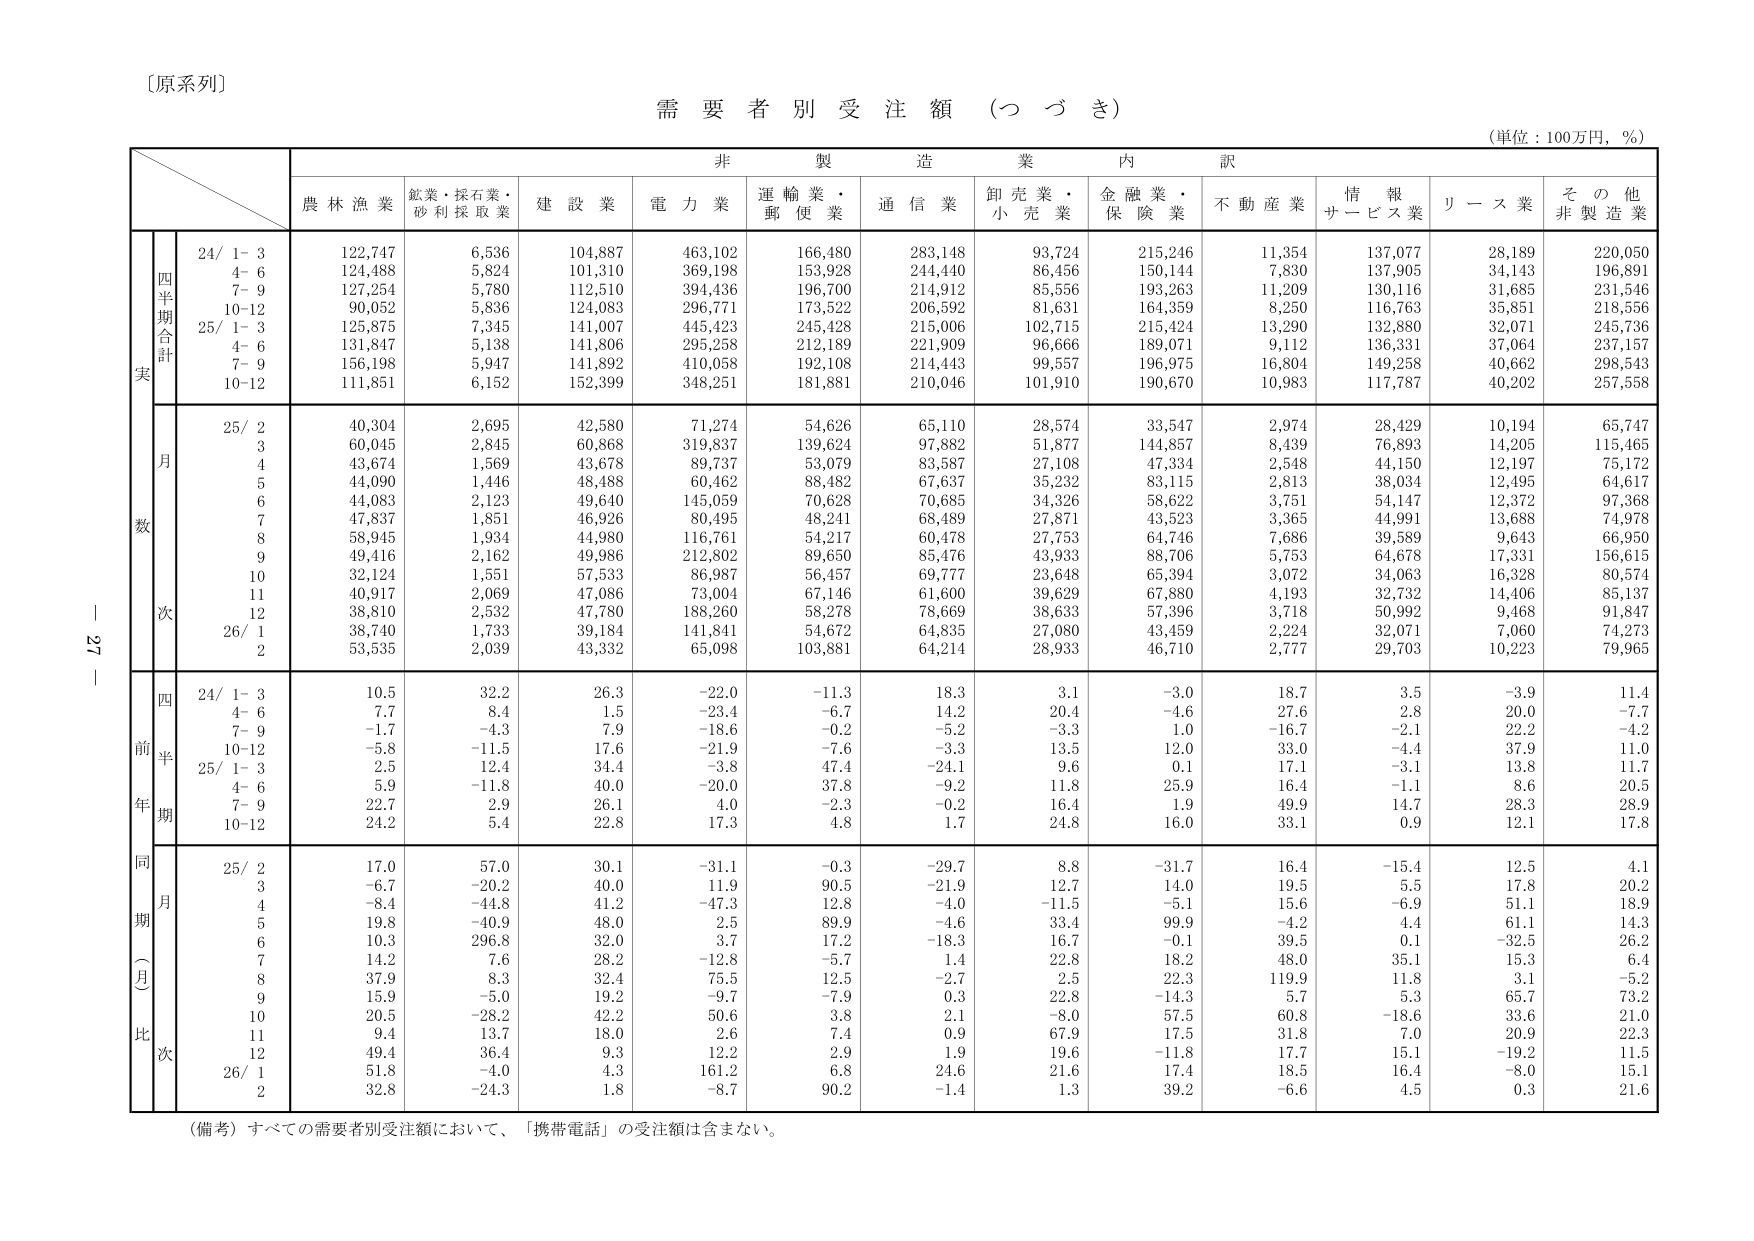
〔原系列〕

需要者別受注額（つづき）

（単位：100万円，％）

非製造業内訳

農林漁業　鉱業・採石業・砂利採取業　建設業　電力業　運輸業・郵便業　通信業　卸売業・小売業　金融業・保険業　不動産業　情報サービス業　リース業　その他非製造業

四半期合計
実
24/ 1- 3　122,747　6,536　104,887　463,102　166,480　283,148　93,724　215,246　11,354　137,077　28,189　220,050
　　4- 6　124,488　5,824　101,310　369,198　153,928　244,440　86,456　150,144　7,830　137,905　34,143　196,891
　　7- 9　127,254　5,780　112,510　394,436　196,700　214,912　85,556　193,263　11,209　130,116　31,685　231,546
　　10-12　90,052　5,836　124,083　296,771　173,522　206,592　81,631　164,359　8,250　116,763　35,851　218,556
25/ 1- 3　125,875　7,345　141,007　445,423　245,428　215,006　102,715　215,424　13,290　132,880　32,071　245,736
　　4- 6　131,847　5,138　141,806　295,258　212,189　221,909　96,666　189,071　9,112　136,331　37,064　237,157
　　7- 9　156,198　5,947　141,892　410,058　192,108　214,443　99,557　196,975　16,804　149,258　40,662　298,543
　　10-12　111,851　6,152　152,399　348,251　181,881　210,046　101,910　190,670　10,983　117,787　40,202　257,558

月
数
25/ 2　40,304　2,695　42,580　71,274　54,626　65,110　28,574　33,547　2,974　28,429　10,194　65,747
　　3　60,045　2,845　60,868　319,837　139,624　97,882　51,877　144,857　8,439　76,893　14,205　115,465
　　4　43,674　1,569　43,678　89,737　53,079　83,587　27,108　47,334　2,548　44,150　12,197　75,172
　　5　44,090　1,446　48,488　60,462　88,482　67,637　35,232　83,115　2,813　38,034　12,495　64,617
　　6　44,083　2,123　49,640　145,059　70,628　70,685　34,326　58,622　3,751　54,147　12,372　97,368
　　7　47,837　1,851　46,926　80,495　48,241　68,489　27,871　43,523　3,365　44,991　13,688　74,978
　　8　58,945　1,934　44,980　116,761　54,217　60,478　27,753　64,746　7,686　39,589　9,643　66,950
　　9　49,416　2,162　49,986　212,802　89,650　85,476　43,933　88,706　5,753　64,678　17,331　156,615
　　10　32,124　1,551　57,533　86,987　56,457　69,777　23,648　65,394　3,072　34,063　16,328　80,574
　　11　40,917　2,069　47,086　73,004　67,146　61,600　39,629　67,880　4,193　32,732　14,406　85,137
　　12　38,810　2,532　47,780　188,260　58,278　78,669　38,633　57,396　3,718　50,992　9,468　91,847
26/ 1　38,740　1,733　39,184　141,841　54,672　64,835　27,080　43,459　2,224　32,071　7,060　74,273
　　2　53,535　2,039　43,332　65,098　103,881　64,214　28,933　46,710　2,777　29,703　10,223　79,965

四
前半
年期
24/ 1- 3　10.5　32.2　26.3　-22.0　-11.3　18.3　3.1　-3.0　18.7　3.5　-3.9　11.4
　　4- 6　7.7　8.4　1.5　-23.4　-6.7　14.2　20.4　-4.6　27.6　2.8　20.0　-7.7
　　7- 9　-1.7　-4.3　7.9　-18.6　-0.2　-5.2　-3.3　1.0　-16.7　-2.1　22.2　-4.2
　　10-12　-5.8　-11.5　17.6　-21.9　-7.6　-3.3　13.5　12.0　33.0　-4.4　37.9　11.0
25/ 1- 3　2.5　12.4　34.4　-3.8　47.4　-24.1　9.6　0.1　17.1　-3.1　13.8　11.7
　　4- 6　5.9　-11.8　40.0　-20.0　37.8　-9.2　11.8　25.9　16.4　-1.1　8.6　20.5
　　7- 9　22.7　2.9　26.1　4.0　-2.3　-0.2　16.4　1.9　49.9　14.7　28.3　28.9
　　10-12　24.2　5.4　22.8　17.3　4.8　1.7　24.8　16.0　33.1　0.9　12.1　17.8

同
期
（月）
比
次
25/ 2　17.0　57.0　30.1　-31.1　-0.3　-29.7　8.8　-31.7　16.4　-15.4　12.5　4.1
　　3　-6.7　-20.2　40.0　11.9　90.5　-21.9　12.7　14.0　19.5　5.5　17.8　20.2
　　4　-8.4　-44.8　41.2　-47.3　12.8　-4.0　-11.5　-5.1　15.6　-6.9　51.1　18.9
　　5　19.8　-40.9　48.0　2.5　89.9　-4.6　33.4　99.9　-4.2　4.4　61.1　14.3
　　6　10.3　296.8　32.0　3.7　17.2　-18.3　16.7　-0.1　39.5　0.1　-32.5　26.2
　　7　14.2　7.6　28.2　-12.8　-5.7　1.4　22.8　18.2　48.0　35.1　15.3　6.4
　　8　37.9　8.3　32.4　75.5　12.5　-2.7　2.5　22.3　119.9　11.8　3.1　-5.2
　　9　15.9　-5.0　19.2　-9.7　-7.9　0.3　22.8　-14.3　5.7　5.3　65.7　73.2
　　10　20.5　-28.2　42.2　50.6　3.8　2.1　-8.0　57.5　60.8　-18.6　33.6　21.0
　　11　9.4　13.7　18.0　2.6　7.4　0.9　67.9　17.5　31.8　7.0　20.9　22.3
　　12　49.4　36.4　9.3　12.2　2.9　1.9　19.6　-11.8　17.7　15.1　-19.2　11.5
26/ 1　51.8　-4.0　4.3　161.2　6.8　24.6　21.6　17.4　18.5　16.4　-8.0　15.1
　　2　32.8　-24.3　1.8　-8.7　90.2　-1.4　1.3　39.2　-6.6　4.5　0.3　21.6

（備考）すべての需要者別受注額において、「携帯電話」の受注額は含まない。